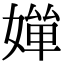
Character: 𡠐